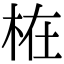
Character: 𣑊